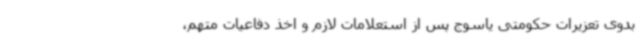
بدوی تعزیرات حکومتی یاسوج پس از استعلامات لازم و اخذ دفاعیات متهم،